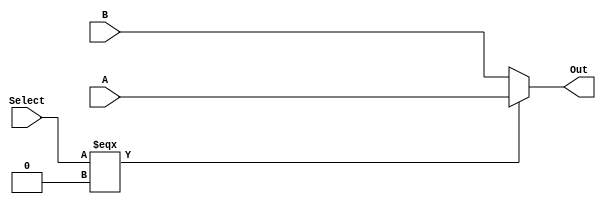
`timescale 1ns / 1ps
//////////////////////////////////////////////////////////////////////////////////
// Company: 
// Engineer: 
// 
// Design Name: 
// Module Name:    mux 
// Project Name: 
// Target Devices: 
// Tool versions: 
// Description: 
//
// Dependencies: 
//
// Revision: 
// Revision 0.01 - File Created
// Additional Comments: 
//
//////////////////////////////////////////////////////////////////////////////////
module mux2(A,B,Select,Out);
	parameter width = 32;
	input [width-1:0] A;
	input [width-1:0] B;
	input Select;
	output [width-1:0] Out;
   
	assign Out = (Select === 0) ? A : B;

endmodule

module mux4(A,B,C,D,Select,Out);
	parameter width = 32;
	input [width-1:0] A;
	input [width-1:0] B;
	input [width-1:0] C;
	input [width-1:0] D;
	input [1:0] Select;
	output [width-1:0] Out;
   
	assign Out = (Select === 2'b00) ? A : 
								(Select === 2'b01) ? B :
								(Select === 2'b10) ? C : D ;
endmodule

module mux8(A,B,C,D,E,F,G,H,Select,Out);
	parameter width = 32;
	input [width-1:0] A,B,C,D,E,F,G,H;
	input [2:0] Select;
	output [width-1:0] Out;
   
	assign Out = (Select === 3'b000) ? A : 
								(Select === 3'b001) ? B :
								(Select === 3'b010) ? C : 
								(Select === 3'b011) ? D :
								(Select === 3'b100) ? E :
								(Select === 3'b101) ? F : 
								(Select === 3'b110) ? G : H ;
endmodule